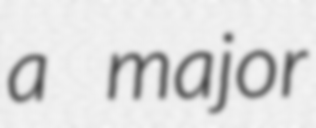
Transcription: a major